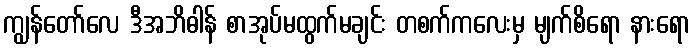
ကျွန်တော်လေ ဒီအဘိဓါန် စာအုပ်မထွက်မချင်း တစက်ကလေးမှ မျက်စိရော နားရော